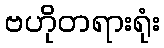
ဗဟိုတရားရုံး